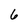
Character: 6